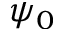
\psi _ { 0 }